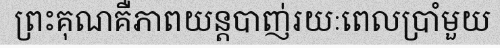
ព្រះគុណគឺភាពយន្តបាញ់រយៈពេលប្រាំមួយ